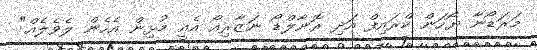
މަރަޑޯނާ ޔޯހަން ކްރައިފް އަދި ރޮނާލްޑޯ ނަޒާރިއޯ އެއީ މުޅިން އެހެން ލެވެލެއް"